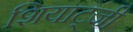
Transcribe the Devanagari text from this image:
शियाट्जी